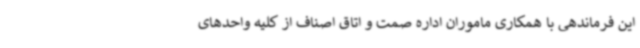
این فرماندهی با همکاری ماموران اداره صمت و اتاق اصناف از کلیه واحدهای